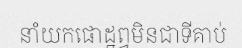
នាំយកផោដ្ឋព្វមិនជាទីគាប់